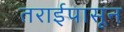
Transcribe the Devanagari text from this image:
तराईपासून